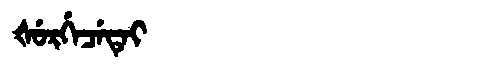
Manchu: ᡧᡠᡵᡤᡝᠴᡝᡨᡝᡳ
Romanization: ŠURGECETEI